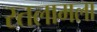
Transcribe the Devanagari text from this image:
रतलामला